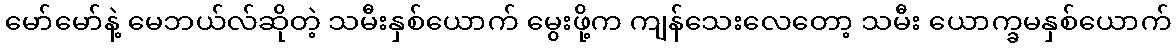
မော်မော်နဲ့ မေဘယ်လ်ဆိုတဲ့ သမီးနှစ်ယောက် မွေးဖို့က ကျန်သေးလေတော့ သမီး ယောက္ခမနှစ်ယောက်